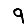
Digit: 9